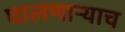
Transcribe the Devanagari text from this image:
घालणाऱ्याच